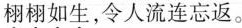
栩栩如生，令人流连忘返。